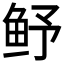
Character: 𮬛